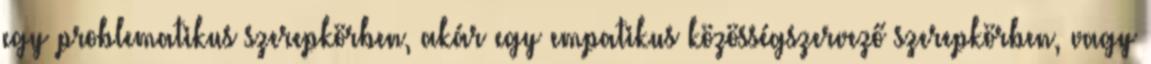
egy problematikus szerepkörben, akár egy empatikus közösségszervező szerepkörben, vagy